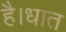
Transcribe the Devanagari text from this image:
है।धात